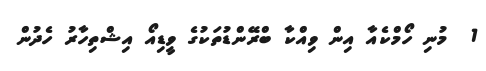
1  މުނި ހޯމްކެއާ އިން ވިއްކާ ބްރޭންޑުތަކުގެ ވީޑިއޯ އިޝްތިހާރު ހެދުން